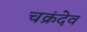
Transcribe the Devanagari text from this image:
चक्रंदेव